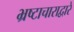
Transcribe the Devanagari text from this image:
भ्रष्टाचाराद्वारे